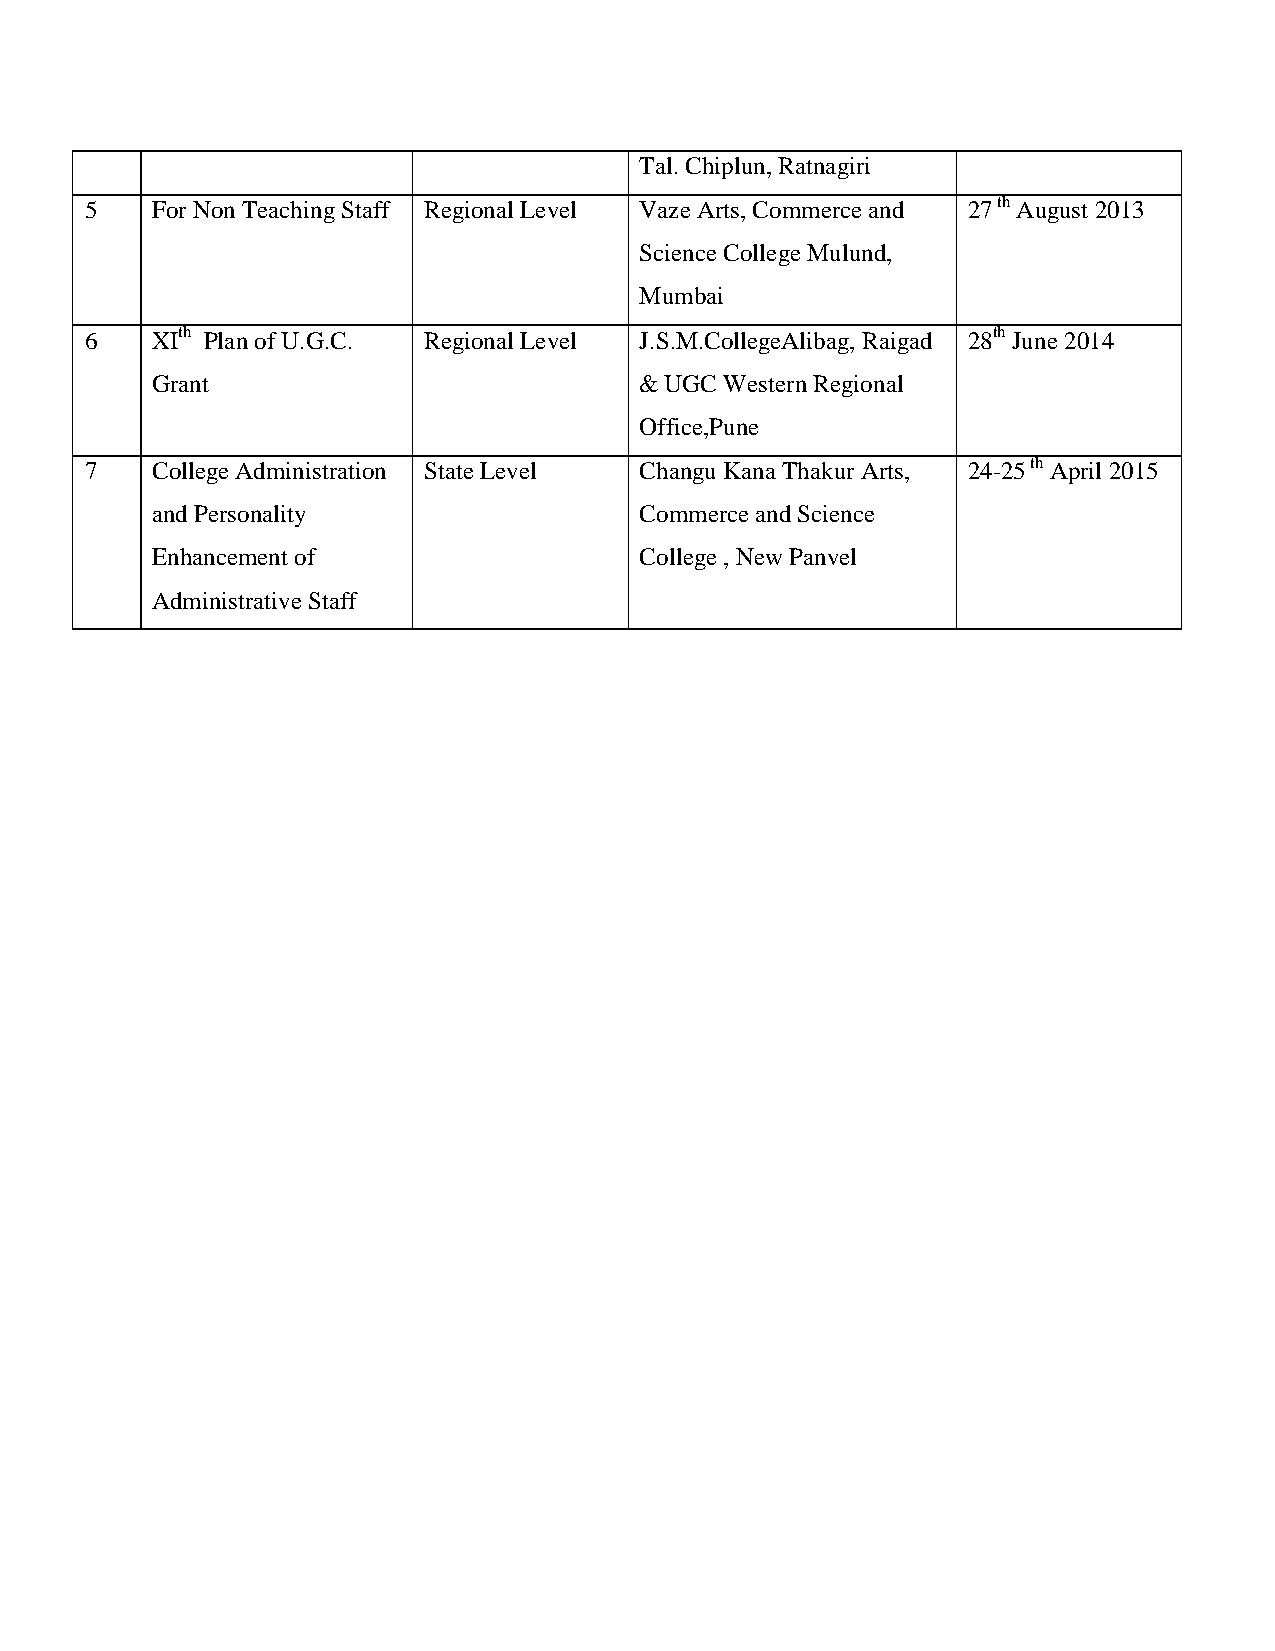
Tal. Chiplun, Ratnagiri
 5   For Non Teaching Staff Regional Level Vaze Arts, Commerce and 27 th August 2013
 Science College Mulund,
 Mumbai
 6   XIth Plan of U.G.C. Regional Level J.S.M.CollegeAlibag, Raigad 28th June 2014
 Grant                           & UGC Western Regional
 Office,Pune
 7   College Administration State Level Changu Kana Thakur Arts, 24-25 th April 2015
 and Personality                 Commerce and Science
 Enhancement of                  College , New Panvel
 Administrative Staff